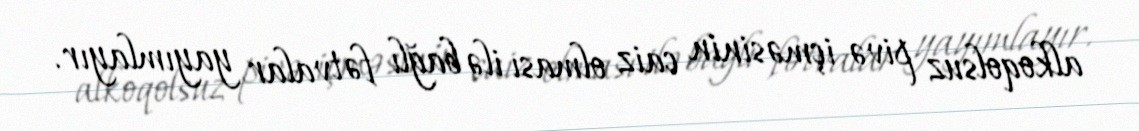
alkoqolsuz pivə içməsinin caiz olması ilə bağlı fətvalar yayımlayır.